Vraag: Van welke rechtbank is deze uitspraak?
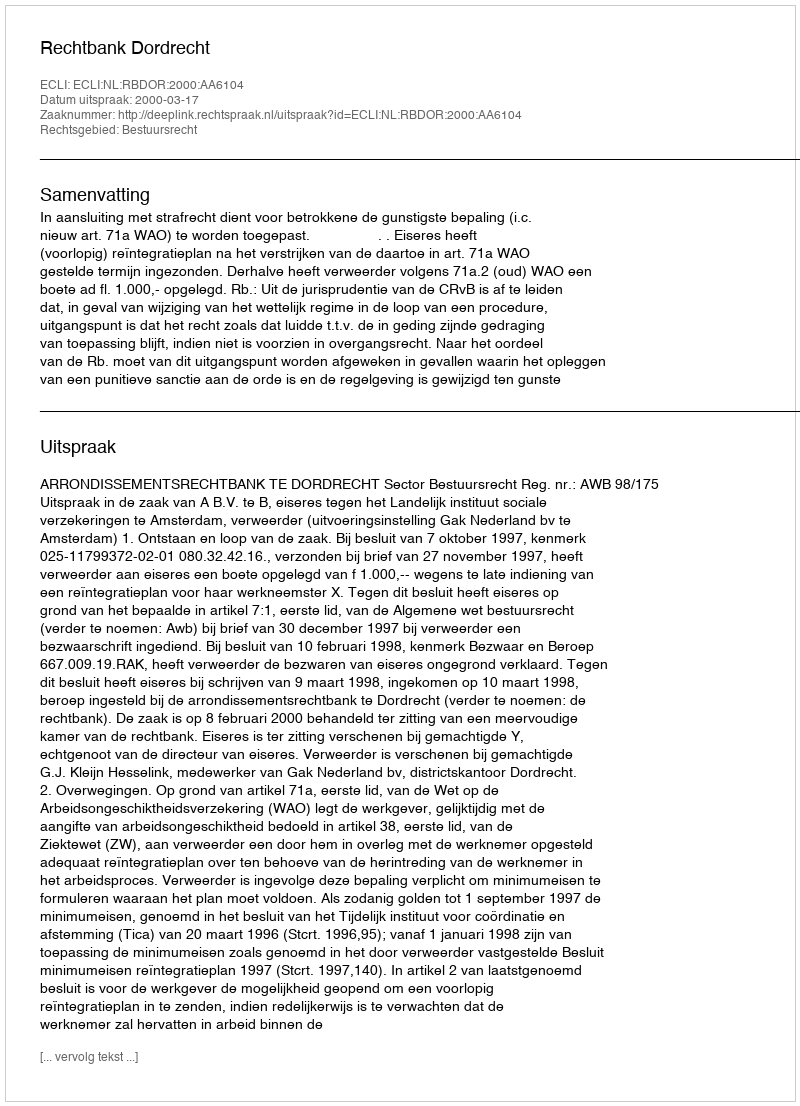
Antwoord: Rechtbank Dordrecht